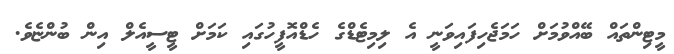
މީޓިންތައް ބޭއްވުމަށް ހަމަޖެހިފައިވަނީ އެ ލިމިޓެޑްގެ ހެޑްއޮފީހުގައި ކަމަށް ޓީސީއެލް އިން ބުންޏެވެ.